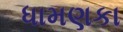
ધામણકા